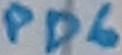
Text: PD6